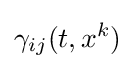
\gamma _{ij}(t,x^{k})